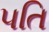
૫તિ